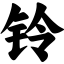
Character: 铃